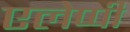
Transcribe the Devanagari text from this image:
एलेप्पी